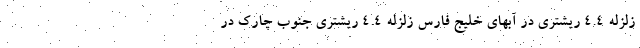
زلزله 4.4 ریشتری در آبهای خلیج فارس زلزله 4.4 ریشتری جنوب چارک در